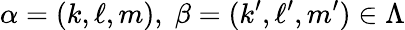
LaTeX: \alpha=(k,\ell,m),\; \beta=(k^{\prime},\ell^{\prime},m^{\prime})\in\Lambda